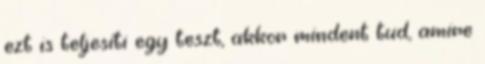
ezt is teljesíti egy teszt, akkor mindent tud, amire